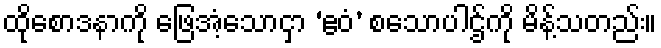
ထိုစောဒနာကို ဖြေအံ့သောငှာ ‘ဧဝံ’ စသောပါဌ်ကို မိန့်သတည်း။